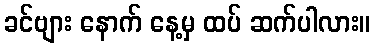
ခင်ဗျား နောက် နေ့မှ ထပ် ဆက်ပါလား။